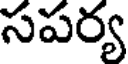
సపర్య